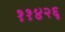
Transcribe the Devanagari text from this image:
११४२६